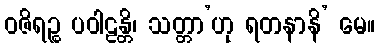
ဝဇိရဉ္စ ပဝါဠန္တိ၊ သတ္တာ’ဟု ရတနာနိ’ မေ။